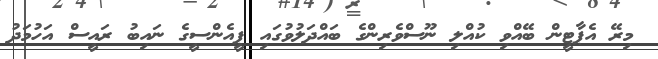
މިރޭ އެޕާޓީން ބޭއްވި ކުއްލި ނޫސްވެރިންގެ ބައްދަލުވުގައި ޕީއެންސީގެ ނައިބު ރައީސް އަހުމަދު